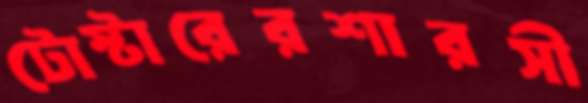
টোস্টারেরশারসী